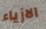
الازياء